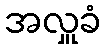
အလှူခံ